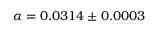
\alpha = 0 . 0 3 1 4 \pm 0 . 0 0 0 3